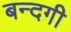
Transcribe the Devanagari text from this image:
बन्दगी